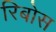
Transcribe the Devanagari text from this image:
रिबोस